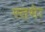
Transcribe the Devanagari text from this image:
स्तभेः